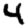
Digit: 4